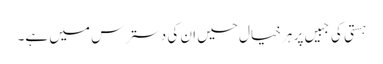
ہستی کی جبیں پر ہر خیال حسیں ان کی دسترس میں ہے۔